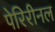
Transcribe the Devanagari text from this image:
पेरिरीनल